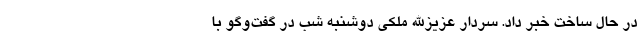
در حال ساخت خبر داد. سردار عزیزالله ملکی دوشنبه شب در گفت‌وگو با